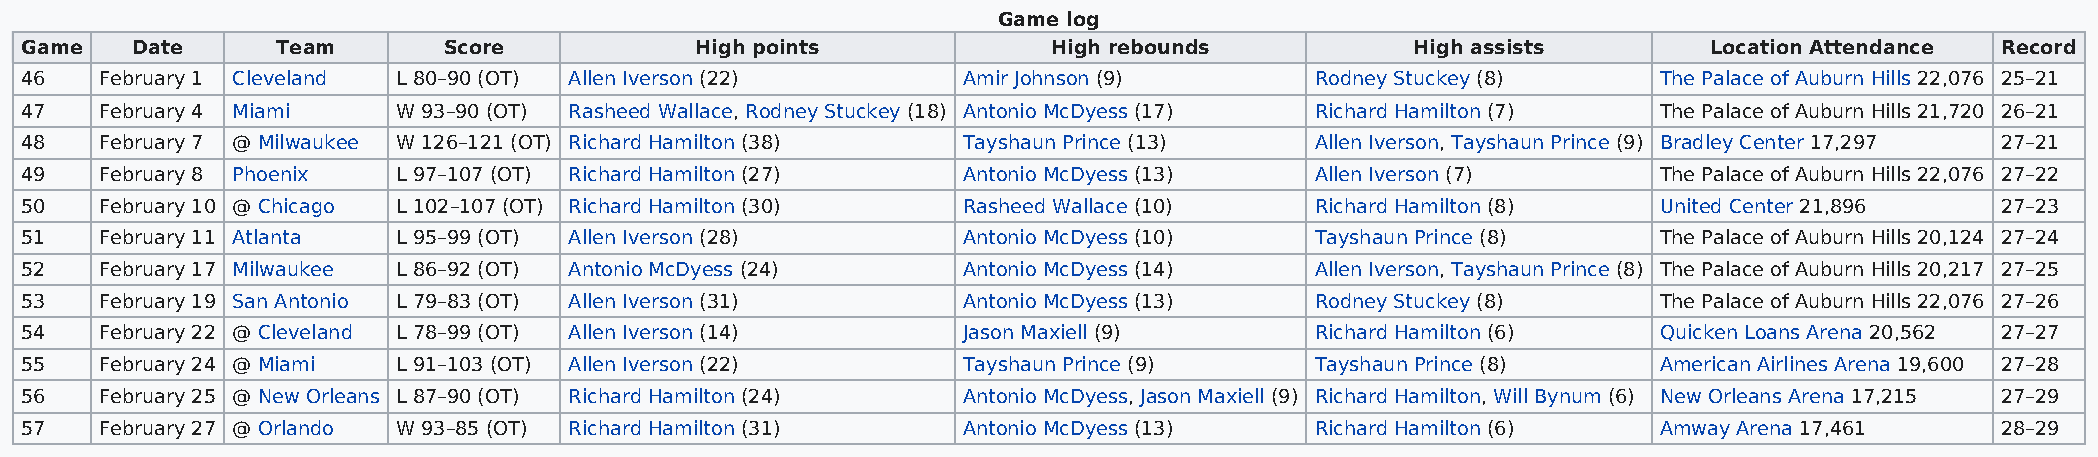
Game log
 Game    Date     Team       Score            High points             High rebounds           High assists       Location Attendance Record
 46    February 1 Cleveland L 80–90 (OT) Allen Iverson (22)     Amir Johnson (9)       Rodney Stuckey (8)     The Palace of Auburn Hills 22,076 25–21
 47    February 4 Miami   W 93–90 (OT) Rasheed Wallace, Rodney Stuckey (18) Antonio McDyess (17) Richard Hamilton (7) The Palace of Auburn Hills 21,720 26–21
 48    February 7 @ Milwaukee W 126–121 (OT) Richard Hamilton (38) Tayshaun Prince (13) Allen Iverson, Tayshaun Prince (9) Bradley Center 17,297 27–21
 49    February 8 Phoenix L 97–107 (OT) Richard Hamilton (27)   Antonio McDyess (13)   Allen Iverson (7)      The Palace of Auburn Hills 22,076 27–22
 50    February 10 @ Chicago L 102–107 (OT) Richard Hamilton (30) Rasheed Wallace (10) Richard Hamilton (8)   United Center 21,896  27–23
 51    February 11 Atlanta L 95–99 (OT) Allen Iverson (28)      Antonio McDyess (10)   Tayshaun Prince (8)    The Palace of Auburn Hills 20,124 27–24
 52    February 17 Milwaukee L 86–92 (OT) Antonio McDyess (24)  Antonio McDyess (14)   Allen Iverson, Tayshaun Prince (8) The Palace of Auburn Hills 20,217 27–25
 53    February 19 San Antonio L 79–83 (OT) Allen Iverson (31)  Antonio McDyess (13)   Rodney Stuckey (8)     The Palace of Auburn Hills 22,076 27–26
 54    February 22 @ Cleveland L 78–99 (OT) Allen Iverson (14)  Jason Maxiell (9)      Richard Hamilton (6)   Quicken Loans Arena 20,562 27–27
 55    February 24 @ Miami L 91–103 (OT) Allen Iverson (22)     Tayshaun Prince (9)    Tayshaun Prince (8)    American Airlines Arena 19,600 27–28
 56    February 25 @ New Orleans L 87–90 (OT) Richard Hamilton (24) Antonio McDyess, Jason Maxiell (9) Richard Hamilton, Will Bynum (6) New Orleans Arena 17,215 27–29
 57    February 27 @ Orlando W 93–85 (OT) Richard Hamilton (31) Antonio McDyess (13)   Richard Hamilton (6)   Amway Arena 17,461    28–29